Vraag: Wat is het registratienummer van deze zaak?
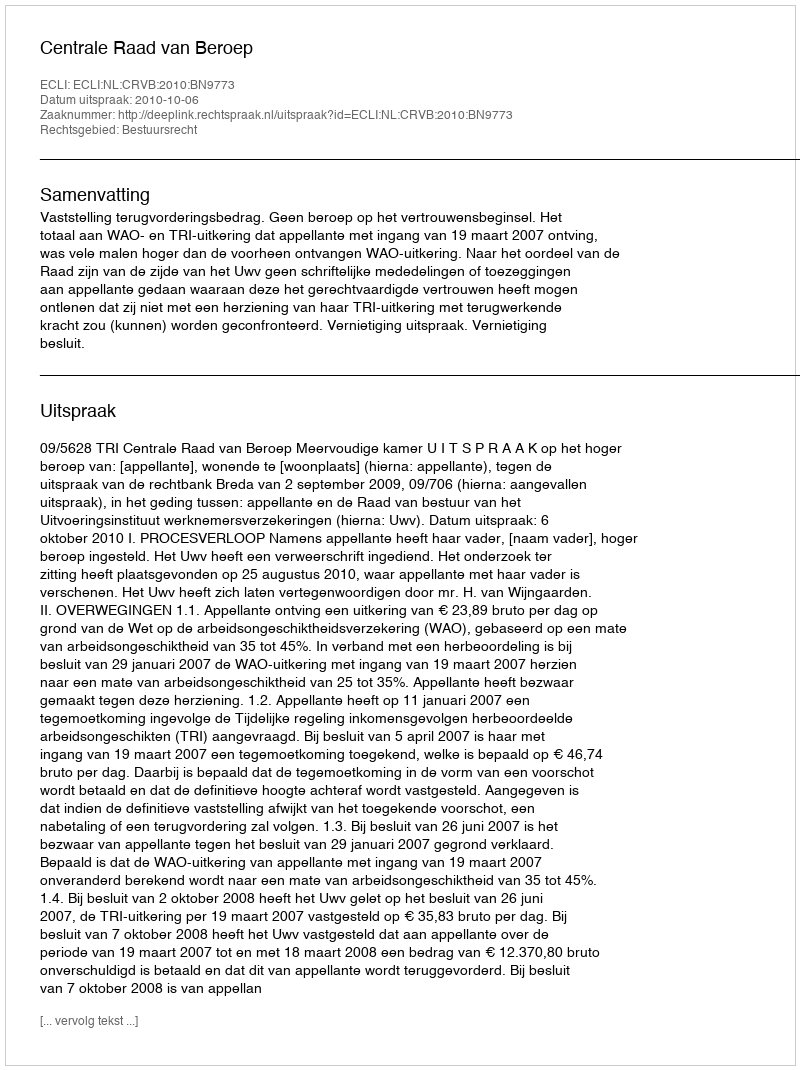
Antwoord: http://deeplink.rechtspraak.nl/uitspraak?id=ECLI:NL:CRVB:2010:BN9773